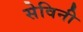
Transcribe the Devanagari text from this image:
सेविनी